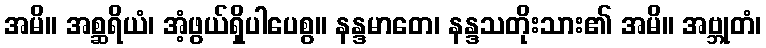
အမိ။ အစ္ဆရိယံ၊ အံ့ဖွယ်ရှိပါပေစွ။ နန္ဒမာတေ၊ နန္ဒသတိုးသား၏ အမိ။ အဗ္ဘုတံ၊